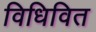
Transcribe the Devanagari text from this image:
विधिवित